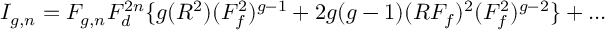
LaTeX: I _ { g , n } = F _ { g , n } F _ { d } ^ { 2 n } \{ g ( R ^ { 2 } ) ( F _ { f } ^ { 2 } ) ^ { g - 1 } + 2 g ( g - 1 ) ( R F _ { f } ) ^ { 2 } ( F _ { f } ^ { 2 } ) ^ { g - 2 } \} + . . .